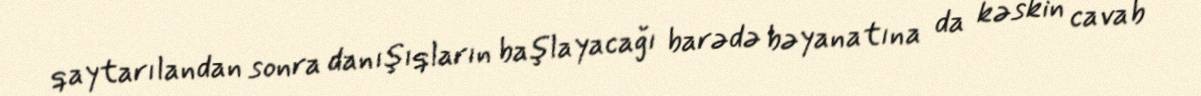
qaytarılandan sonra danışıqların başlayacağı barədə bəyanatına da kəskin cavab